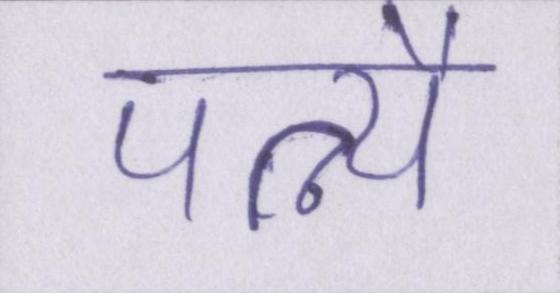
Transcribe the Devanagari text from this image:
पत्न्यै